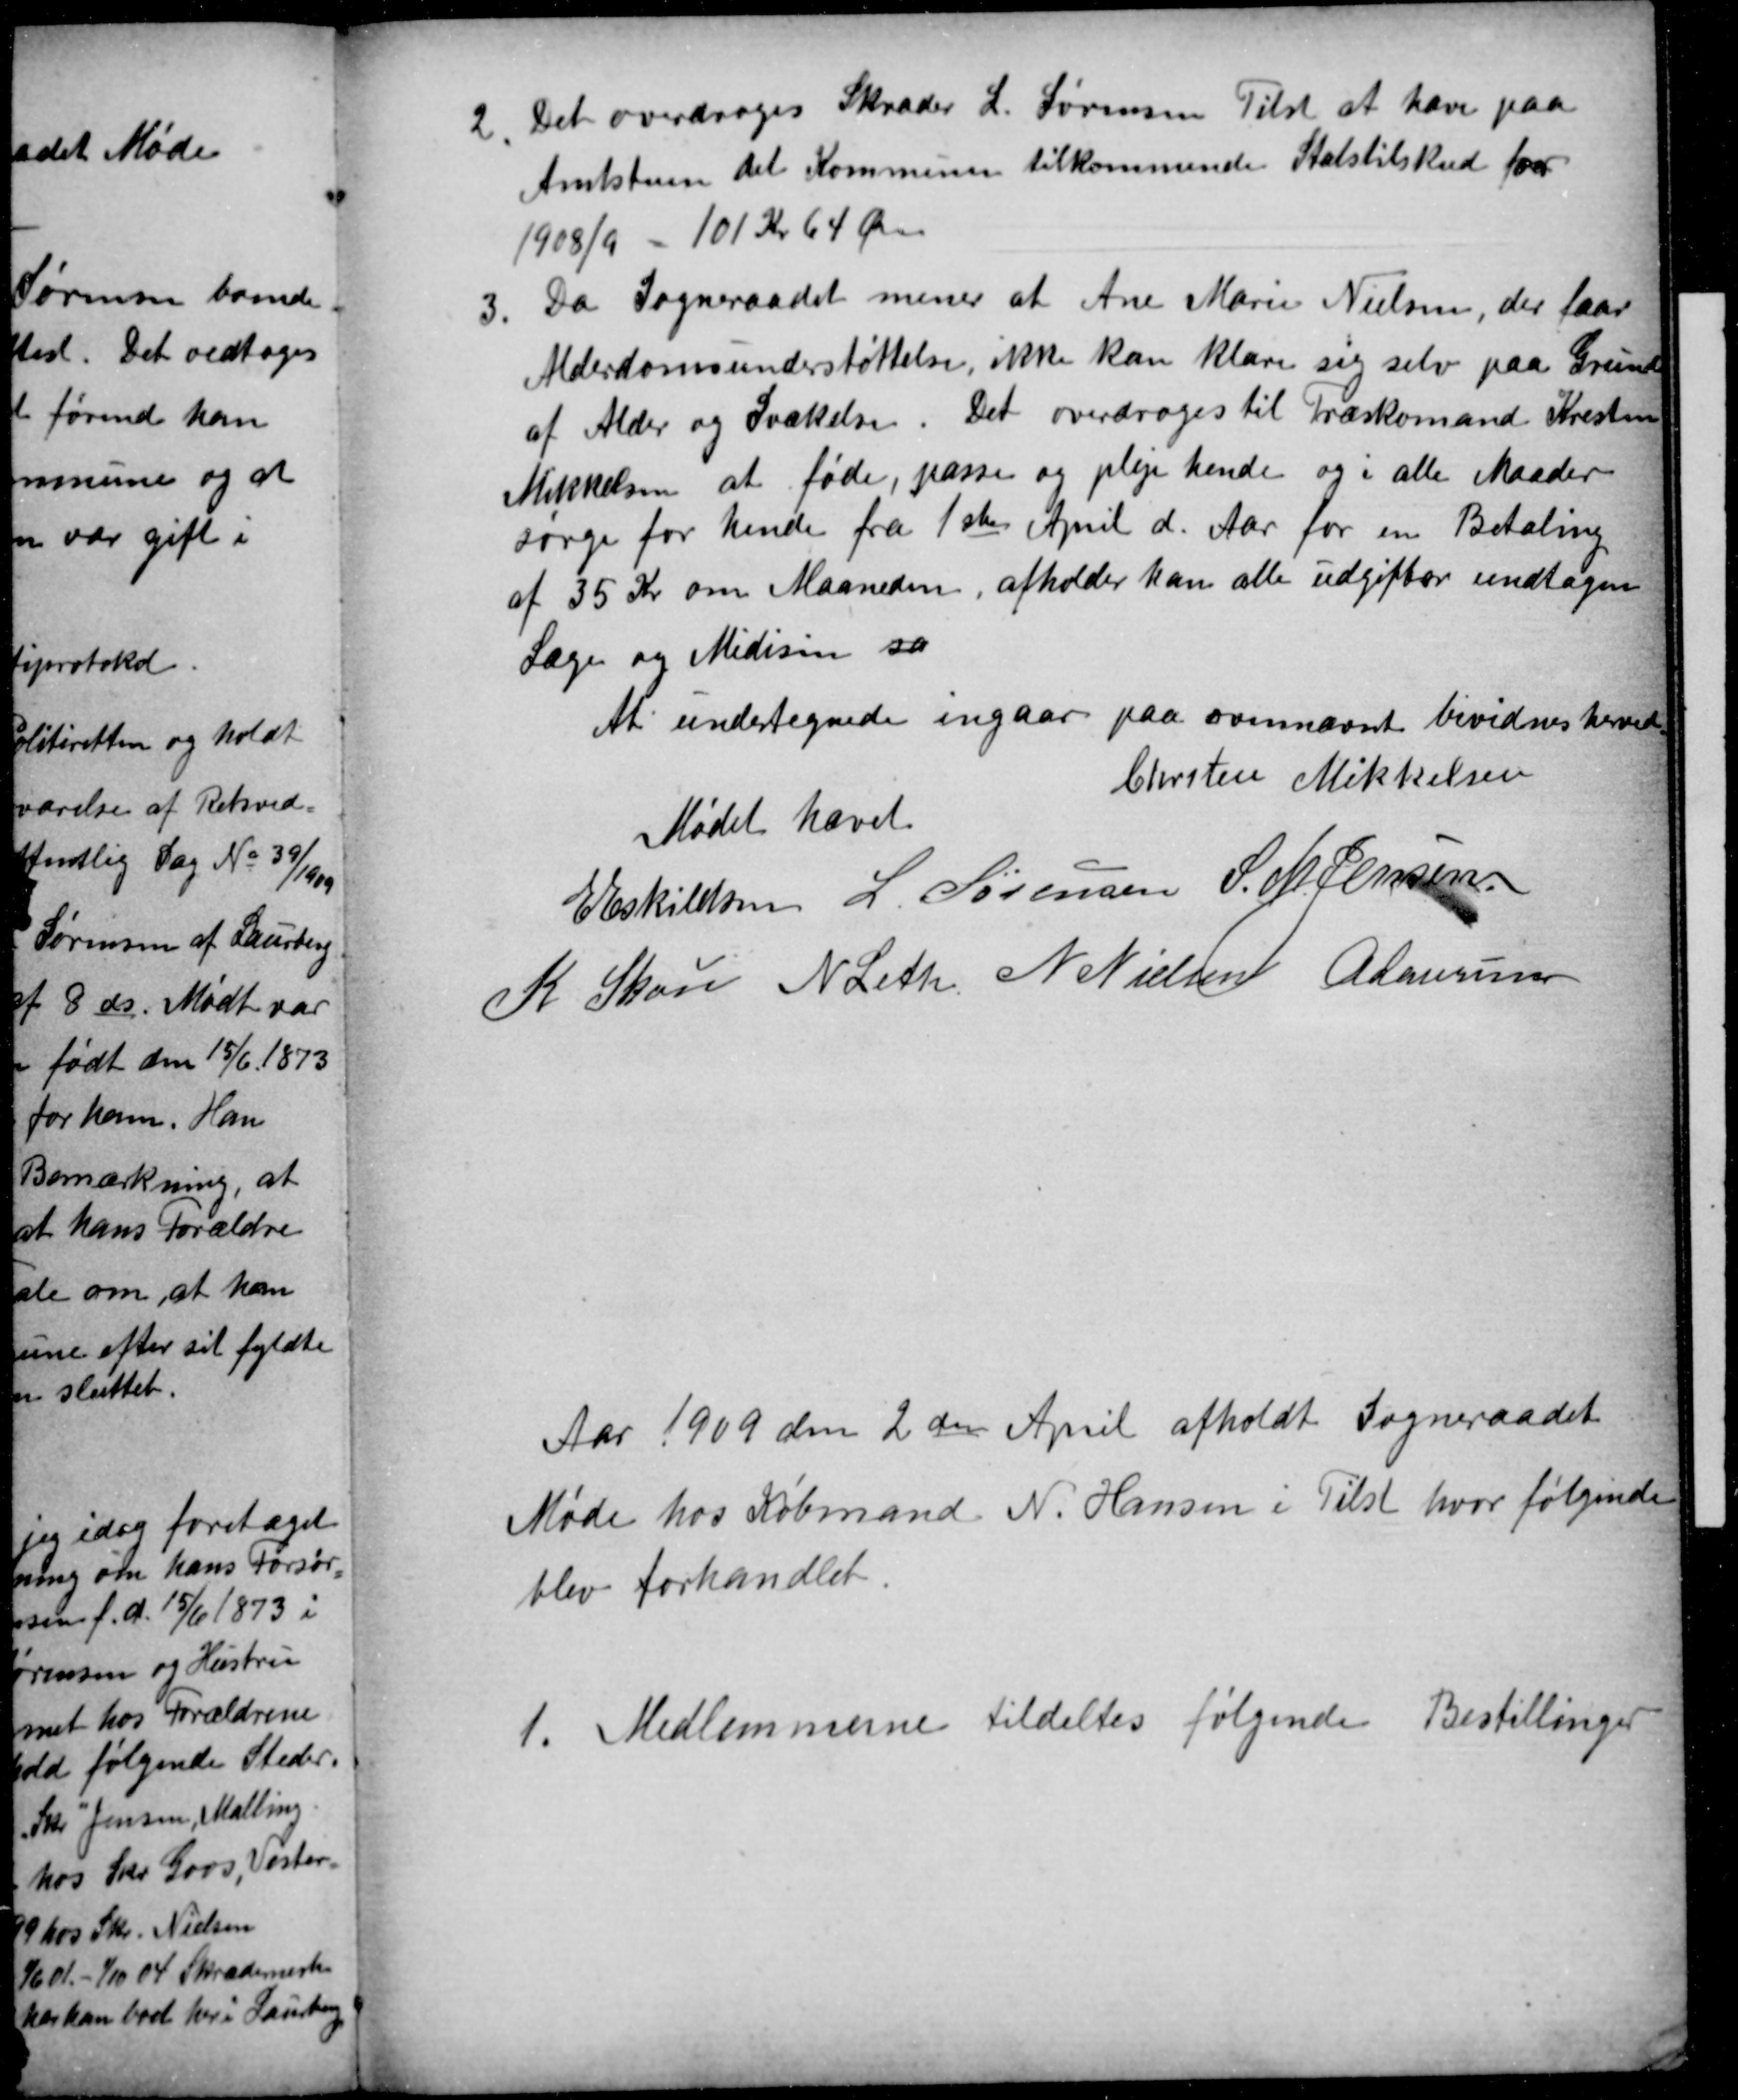
Transskription:
2
Det overdroges Skræder L. Sørensen Tilst at hæve paa
Amtstuen det Kommunen tilkommende Statstilskud for
1908/9 - 101 Kr 64 Øre
3.
Da Sogneraadet mener at Ane Marie Nielsen, der faar
Alderdomsunderstøttelse, ikke kan klare sig selv paa Grund
af Alder og Svækelse. Det overdroges til Træskomand Kresten
Mikkelsen at føde, passe og pleje hende og i alle Maader
sørge for hende fra 1ste April d. Aar for en Betaling
af 35 Kr om Maaneden, afholder han alle udgifter undtagen
Læge og Medisin sa
At undertegnede ingaar paa ovennævnte bevidnes herved
Chrsten Mikkelsen
Mødet hævet
E Eskildsen L. Sørensen S. M. Jensen
K Skou N Leth N Nielsen A Laursen
Aar 1909 den 2den April afholdt Sogneraadet
Møde hos Købmand N. Hansen i Tilst hvor følgende
blev forhandlet.
1.
Medlemmerne tildeltes følgende Bestillinger